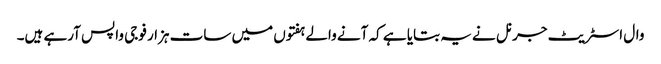
وال اسٹریٹ جرنل نے یہ بتایا ہے کہ آنے والے ہفتوں میں سات ہزار فوجی واپس آرہے ہیں۔